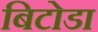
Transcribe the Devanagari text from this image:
बिटोडा